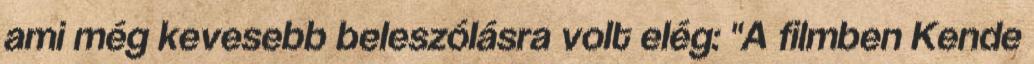
ami még kevesebb beleszólásra volt elég: "A filmben Kende